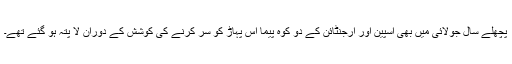
پچھلے سال جولائی ميں بھی اسپين اور ارجنٹائن کے دو کوہ پيما اس پہاڑ کو سر کرنے کی کوشش کے دوران لا پتہ ہو گئے تھے۔